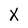
Character: X